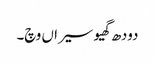
دودھ گھیو سیراں وچ۔